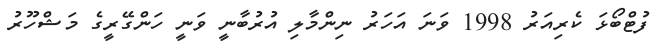
ފުޓްބޯޅަ ކެރިއަރު 1998 ވަނަ އަހަރު ނިންމާލި އުރުބާނީ ވަނީ ހަންގޭރީގެ މަޝްހޫރު